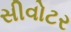
સીવોટર